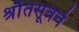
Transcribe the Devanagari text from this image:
श्रौतसूत्रचे